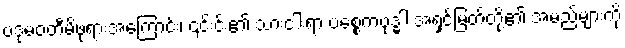
ပဒုမဝတီမိဖုရားအကြောင်း၊ ၎င်းင်း၏ သားငါးရာ ပစ္စေကဗုဒ္ဓါ အရှင်မြတ်တို့၏ အမည်များကို